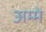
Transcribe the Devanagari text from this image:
अम्मे